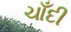
ચાઁદી